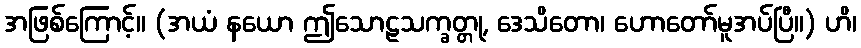
အဖြစ်ကြောင့်။ (အယံ နယော ဤသောဠသက္ခတ္တု, ဒေသိတော၊ ဟောတော်မူအပ်ပြီ။) ဟိ၊